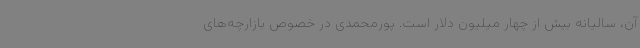
آن، سالیانه بیش از چهار میلیون دلار است. پورمحمدی در خصوص بازارچه‌های